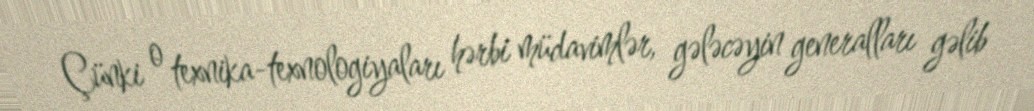
Çünki o texnika-texnologiyaları hərbi müdavimlər, gələcəyin generalları gəlib